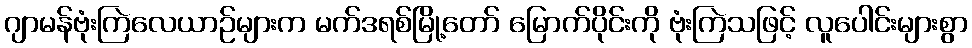
ဂျာမန်ဗုံးကြဲလေယာဉ်များက မက်ဒရစ်မြို့တော် မြောက်ပိုင်းကို ဗုံးကြဲသဖြင့် လူပေါင်းများစွာ